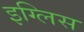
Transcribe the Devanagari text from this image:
इग्लिस